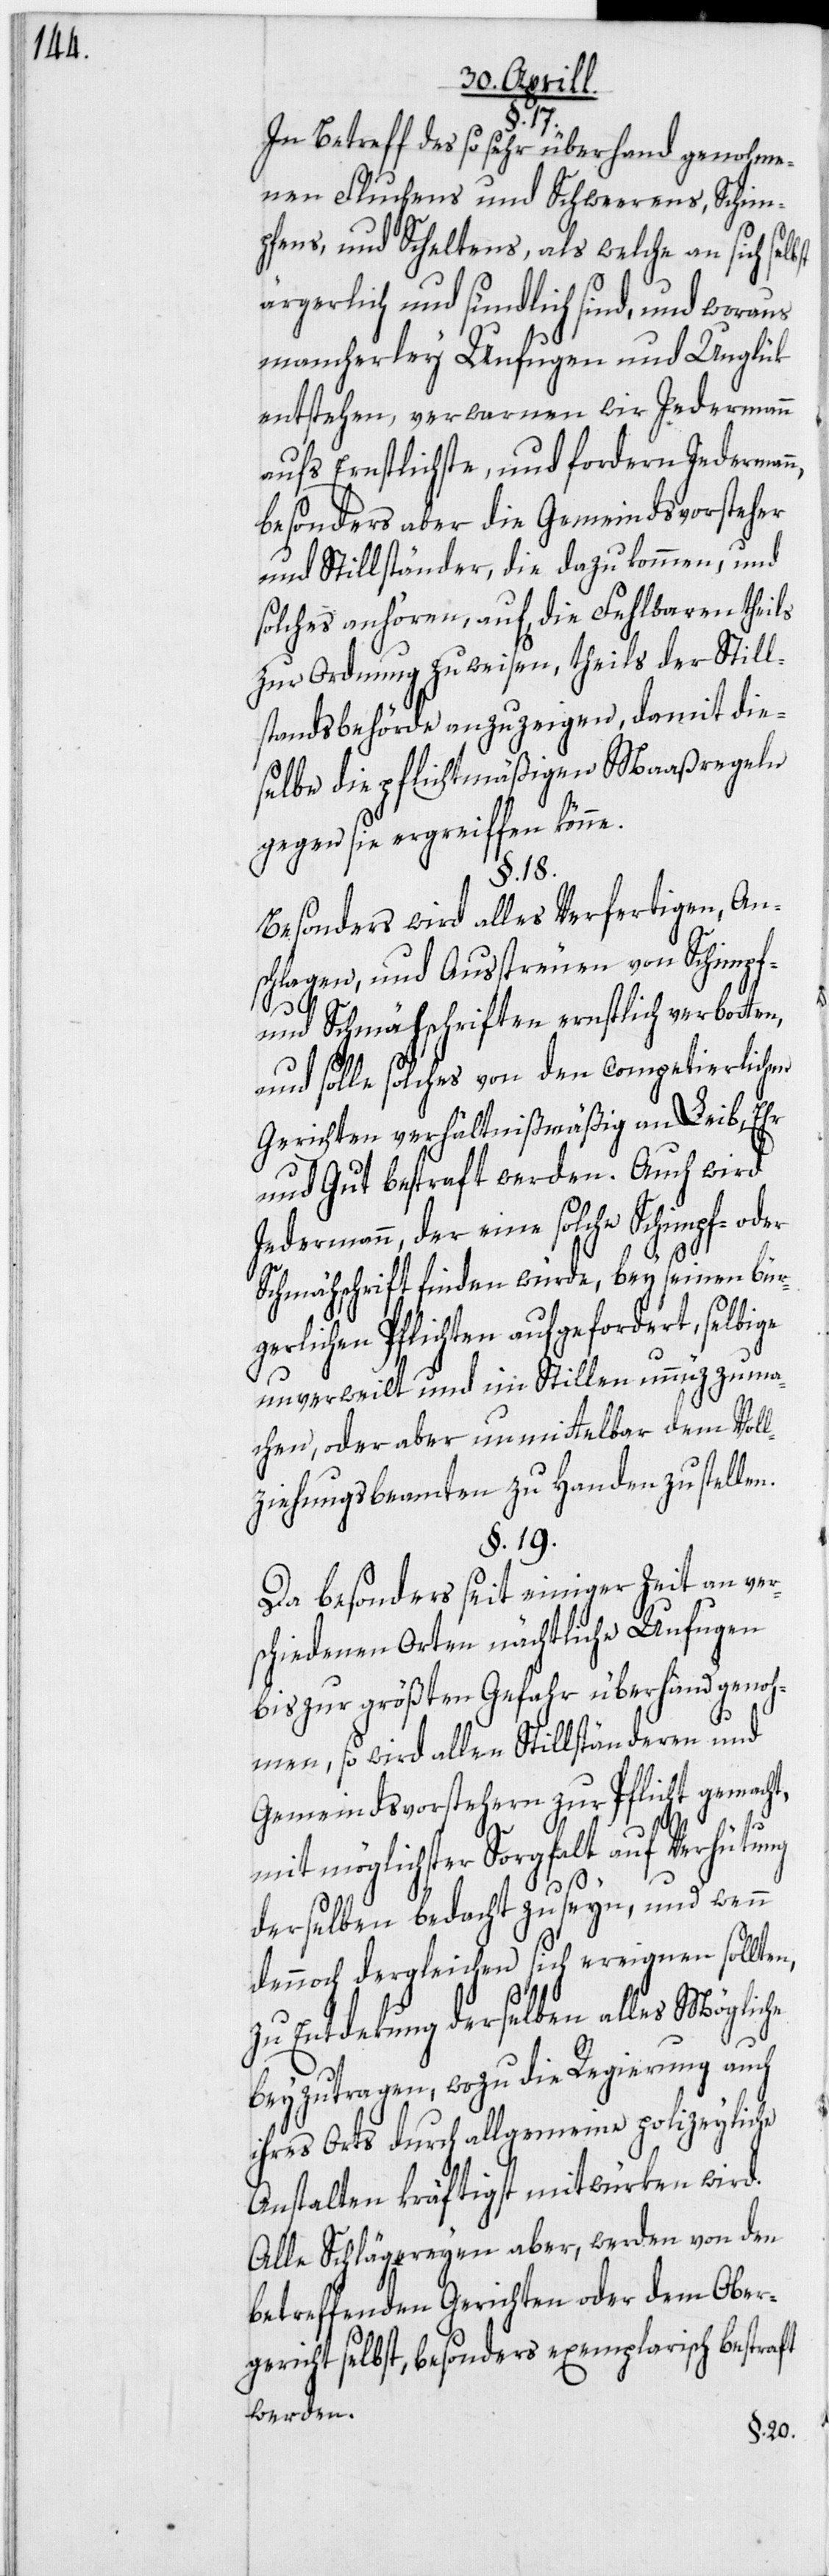
17.
In Betreff des so sehr überhand genohme¬
nen Fluchens und Schweerens, Schim¬
pfens, und Scheltens, als welche an sich selb¬
ärgerlich und sündlich sind, und woraus
mancherley Unfugen und Unglük
entstehen, verwarnen wir Jedermann
aufs Ernstlichste, und fordern Jedermann,
besonders aber die Gemeindsvorsteher
und Stillständer, die dazu kommen, und
solches anhören, auf, die Fehlbaren theils
zur Ordnung zu weisen, theils der Still¬
standsbehörde anzuzeigen, damit die¬
selbe die pflichtmäßigen Maaßregeln
gegen sie ergreiffen könne.
§. 18.
Besonders wird alles Verfertigen, An¬
schlagen, und Ausstreuen von Schimpf-
und Schmähschriften ernstlich verbotten,
und solle solches von den competierlichen
Gerichten verhältnismäßig an Leib, Ehr
und Gut bestraft werden. Auch wird
Jedermann, der eine solche Schimpf- oder
st
Schmähschrift finden würde, bey seinen bür¬
gerlichen Pflichten aufgefordert, selbige
unverweilt und im Stillen unnüz zu ma¬
chen, oder aber unmittelbar dem Voll¬
ziehungsbeamten zu Handen zu stellen.
§. 19.
Da besonders seit einiger Zeit an ver¬
schiedenen Orten nächtliche Unfugen
bis zur größten Gefahr überhand genoh¬
men, so wird allen Stillständeren und
Gemeindsvorstehern zur Pflicht gemacht,
mit möglichster Sorgfalt auf Verhütung
derselben bedacht zu seyn, und wenn
dennoch dergleichen sich ereignen sollten,
zu Entdekung derselben alles Mögliche
beyzutragen, wozu die Regierung auch
ihres Orts durch allgemeine polizeyliche
Anstalten kräftigst mitwürken wird.
Alle Schlägereyen aber, werden von den
betreffenden Gerichten oder dem Ober¬
gericht selbst, besonders exemplarisch bestraft
werden.